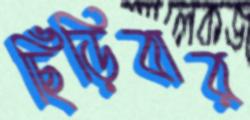
ছিঁড়িবার